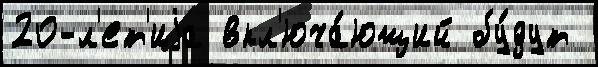
20-л'ет'иjа вкл'юча́ющий бу́дут